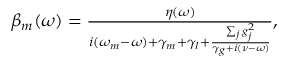
\begin{array} { r } { \beta _ { m } ( \omega ) = \frac { \eta ( \omega ) } { i ( \omega _ { m } - \omega ) + \gamma _ { m } + \gamma _ { l } + \frac { \sum _ { j } g _ { j } ^ { 2 } } { \gamma _ { g } + i ( \nu - \omega ) } } , } \end{array}